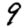
Digit: 9